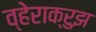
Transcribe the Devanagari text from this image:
व्हेराक्रुझ